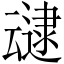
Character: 叇